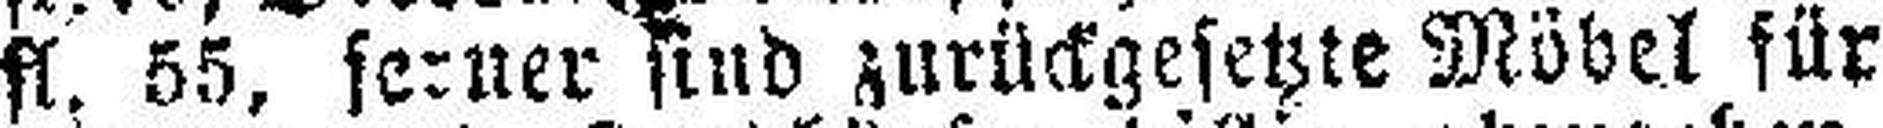
fl. 55, seiner sind zurückgesetzte Möbel für